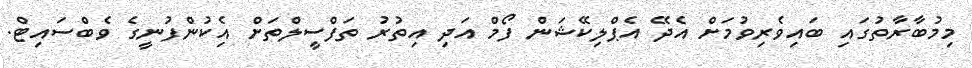
މިމުބާރާތުގައި ބައިވެރިވުމަށް އެދޭ އެޕްލިކޭޝަން ފޯމް އަދި އިތުރު ތަފްސީލްތަށް އެިކުންފުނީގެ ވެބްސައިޓް.